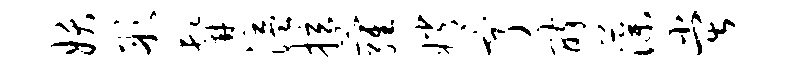
妖彤髯溢拉萝嫦亨醉藻堂